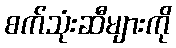
စက်သုံးဆီများကို